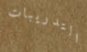
التدريبات